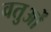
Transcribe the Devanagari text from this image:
वतुओं